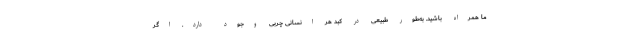
ما همراه باشید. به‌طور طبیعی در کبد هر انسانی چربی وجود دارد. اگر